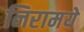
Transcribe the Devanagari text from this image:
निरामये